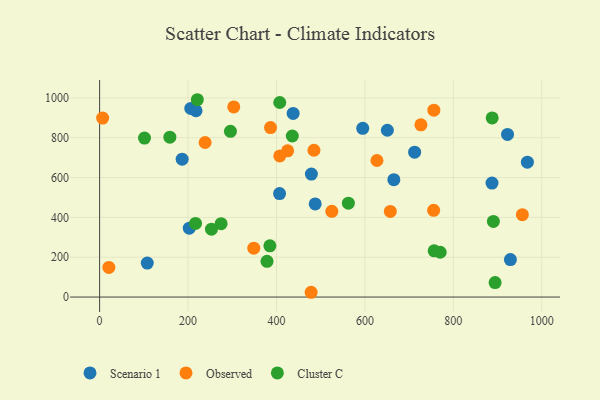
{"axis": {"x": "Ad Spend", "y": "Sales"}, "legend": ["Cluster C", "Observed", "Scenario 1"], "data": [{"x": "487.6", "y": 467.5, "type": "Scenario 1"}, {"x": "922.6", "y": 816.6, "type": "Scenario 1"}, {"x": "712.5", "y": 727.7, "type": "Scenario 1"}, {"x": "479.0", "y": 617.6, "type": "Scenario 1"}, {"x": "186.7", "y": 692.3, "type": "Scenario 1"}, {"x": "665.5", "y": 589.5, "type": "Scenario 1"}, {"x": "650.8", "y": 837.6, "type": "Scenario 1"}, {"x": "929.1", "y": 188.2, "type": "Scenario 1"}, {"x": "202.8", "y": 346.1, "type": "Scenario 1"}, {"x": "437.7", "y": 922.2, "type": "Scenario 1"}, {"x": "407.0", "y": 519.8, "type": "Scenario 1"}, {"x": "107.8", "y": 170.6, "type": "Scenario 1"}, {"x": "967.5", "y": 677.5, "type": "Scenario 1"}, {"x": "206.2", "y": 947.0, "type": "Scenario 1"}, {"x": "887.5", "y": 572.5, "type": "Scenario 1"}, {"x": "218.1", "y": 935.5, "type": "Scenario 1"}, {"x": "595.1", "y": 847.5, "type": "Scenario 1"}, {"x": "478.4", "y": 24.0, "type": "Observed"}, {"x": "303.4", "y": 954.5, "type": "Observed"}, {"x": "407.5", "y": 708.7, "type": "Observed"}, {"x": "657.5", "y": 430.0, "type": "Observed"}, {"x": "956.1", "y": 413.5, "type": "Observed"}, {"x": "386.6", "y": 851.3, "type": "Observed"}, {"x": "484.8", "y": 737.3, "type": "Observed"}, {"x": "6.8", "y": 898.9, "type": "Observed"}, {"x": "726.7", "y": 864.7, "type": "Observed"}, {"x": "627.3", "y": 685.8, "type": "Observed"}, {"x": "525.2", "y": 430.3, "type": "Observed"}, {"x": "348.7", "y": 245.4, "type": "Observed"}, {"x": "238.6", "y": 776.1, "type": "Observed"}, {"x": "756.0", "y": 938.4, "type": "Observed"}, {"x": "20.9", "y": 149.0, "type": "Observed"}, {"x": "425.2", "y": 734.4, "type": "Observed"}, {"x": "755.5", "y": 435.5, "type": "Observed"}, {"x": "756.7", "y": 231.9, "type": "Cluster C"}, {"x": "562.6", "y": 471.4, "type": "Cluster C"}, {"x": "435.8", "y": 808.8, "type": "Cluster C"}, {"x": "890.6", "y": 379.7, "type": "Cluster C"}, {"x": "295.9", "y": 832.1, "type": "Cluster C"}, {"x": "158.9", "y": 802.6, "type": "Cluster C"}, {"x": "216.9", "y": 369.7, "type": "Cluster C"}, {"x": "253.0", "y": 341.1, "type": "Cluster C"}, {"x": "770.3", "y": 225.0, "type": "Cluster C"}, {"x": "221.0", "y": 990.9, "type": "Cluster C"}, {"x": "887.9", "y": 899.7, "type": "Cluster C"}, {"x": "407.4", "y": 976.9, "type": "Cluster C"}, {"x": "101.5", "y": 798.2, "type": "Cluster C"}, {"x": "378.6", "y": 179.3, "type": "Cluster C"}, {"x": "894.5", "y": 72.8, "type": "Cluster C"}, {"x": "385.1", "y": 257.2, "type": "Cluster C"}, {"x": "274.8", "y": 368.7, "type": "Cluster C"}]}